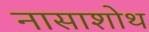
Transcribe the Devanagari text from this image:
नासाशोथ